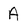
Character: A